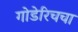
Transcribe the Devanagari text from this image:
गोडेरिचचा